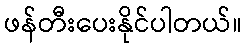
ဖန်တီးပေးနိုင်ပါတယ်။